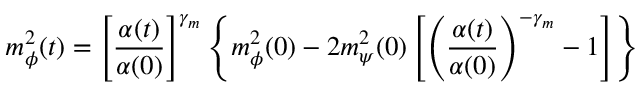
m _ { \phi } ^ { 2 } ( t ) = \left[ \frac { \alpha ( t ) } { \alpha ( 0 ) } \right] ^ { \gamma _ { m } } \left\{ m _ { \phi } ^ { 2 } ( 0 ) - 2 m _ { \psi } ^ { 2 } ( 0 ) \left[ \left( \frac { \alpha ( t ) } { \alpha ( 0 ) } \right) ^ { - \gamma _ { m } } - 1 \right] \right\}